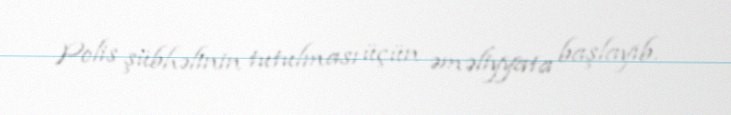
Polis şübhəlinin tutulması üçün əməliyyata başlayıb.